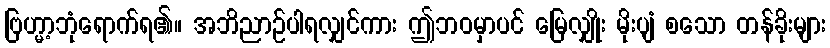
ဗြဟ္မာ့ဘုံရောက်ရ၏။ အဘိညာဉ်ပါရလျှင်ကား ဤဘဝမှာပင် မြေလျှိုး မိုးပျံ စသော တန်ခိုးများ